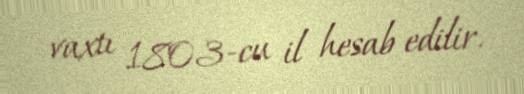
vaxtı 1803-cu il hesab edilir.